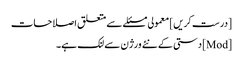
[درست کریں] معمولی مسئلے سے متعلق اصلاحات
[Mod] دستی کے نئے ورژن سے لنک ہے۔